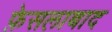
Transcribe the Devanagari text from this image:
फ़ेसलाबाद